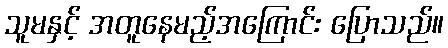
သူမနှင့် အတူနေမည့်အကြောင်း ပြောသည်။